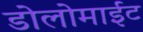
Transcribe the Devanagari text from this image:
डोलोमाईट